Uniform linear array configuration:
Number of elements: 16
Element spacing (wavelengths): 0.25
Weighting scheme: uniform
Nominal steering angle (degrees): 0
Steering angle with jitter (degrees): -1.053
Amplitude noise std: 0.05
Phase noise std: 0.05

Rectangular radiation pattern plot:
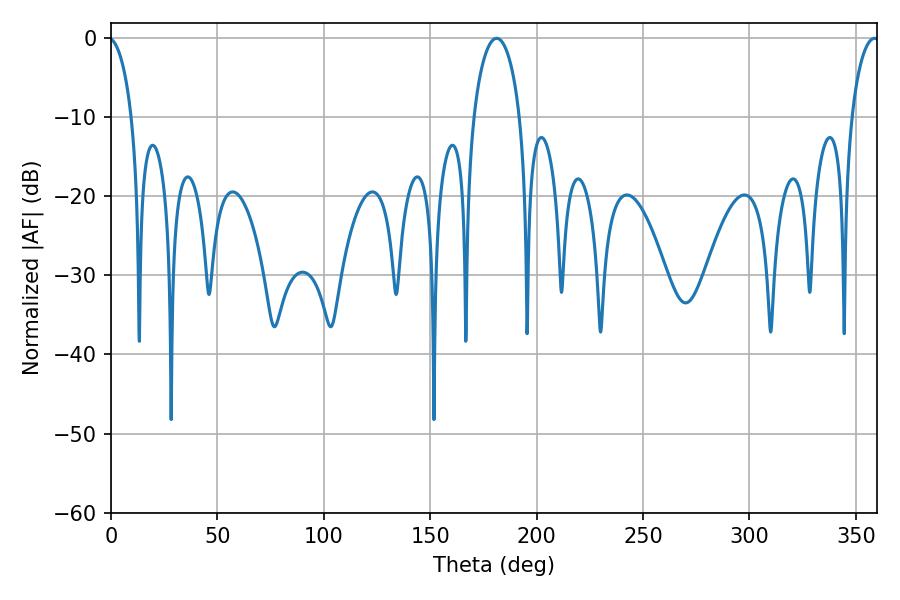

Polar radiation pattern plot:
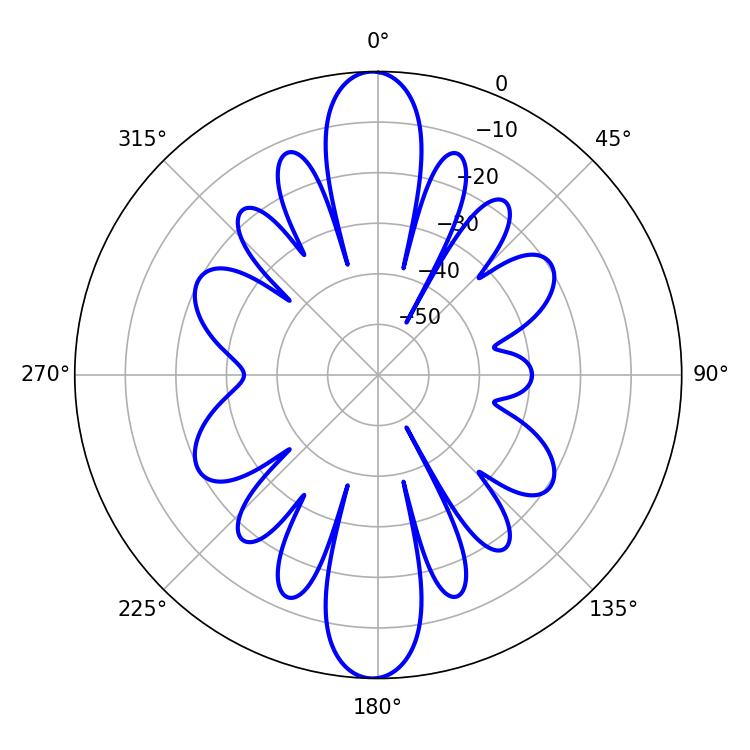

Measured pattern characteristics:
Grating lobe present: FALSE
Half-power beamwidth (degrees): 12.42
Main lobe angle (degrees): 181.26